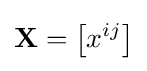
\mathbf {X} =\left[x^{ij}\right]